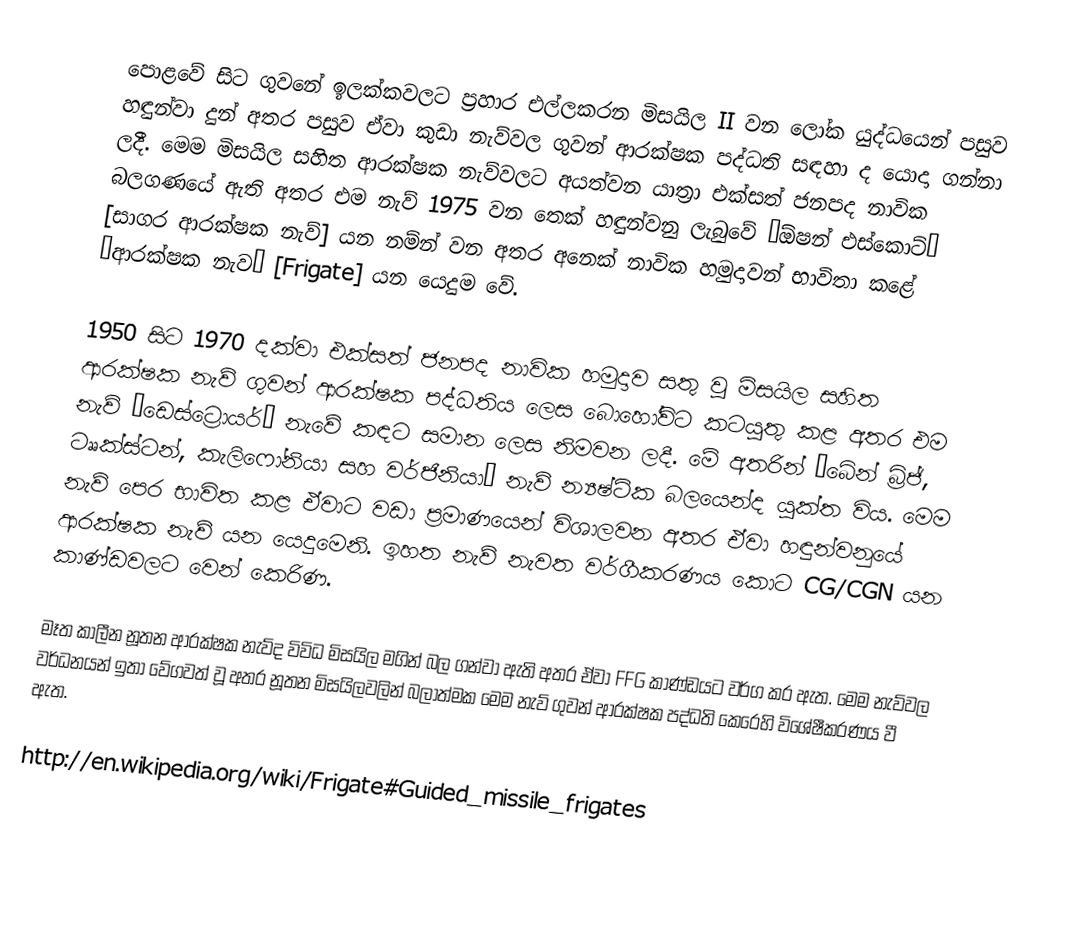
පොළවේ සිට ගුවනේ ඉලක්කවලට ප්‍රහාර එල්ලකරන මිසයිල II වන ලෝක යුද්ධයෙන් පසුව හඳුන්වා දුන් අතර පසුව ඒවා කුඩා නැව්වල ගුවන් ආරක්ෂක පද්ධති සඳහා ද යොදා ගන්නා ලදී. මෙම මිසයිල සහිත ආරක්ෂක නැව්වලට අයත්වන යාත්‍රා එක්සත් ජනපද නාවික බලගණයේ ඇති අතර එම නැව් 1975 වන තෙක් හඳුන්වනු ලැබුවේ “ඕෂන් එස්කොට්” [සාගර ආරක්ෂක නැව්] යන නම්න් වන අතර අනෙක් නාවික හමුදාවන් භාවිතා කළේ “ආරක්ෂක නැව” [Frigate] යන යෙදුම වේ.

1950 සිට 1970 දක්වා එක්සත් ජනපද නාවික හමුදාව සතු වූ මිසයිල සහිත ආරක්ෂක නැව් ගුවන් ආරක්ෂක පද්ධතිය ලෙස බොහෝවිට කටයුතු කළ අතර එම නැව් “ඩෙස්ට්‍රොයර්” නැවේ කඳට සමාන ලෙස නිමවන ලදී. මේ අතරින් “බේන් බ්‍රිජ්, ටෲක්ස්ටන්, කැලිෆෝනියා සහ වර්ජිනියා” නැව් න්‍යෂ්ටික බලයෙන්ද යුක්ත විය. මෙම නැව් පෙර භාවිත කළ ඒවාට වඩා ප්‍රමාණයෙන් විශාලවන අතර ඒවා හඳුන්වනුයේ ආරක්ෂක නැව් යන යෙදුමෙනි. ඉහත නැව් නැවත වර්ගීකරණය කොට CG/CGN යන කාණ්ඩවලට වෙන් කෙරිණ.

මෑත කාලීන නූතන ආරක්ෂක නැව්ද විවිධ මිසයිල මගින් බල ගන්වා ඇති අතර ඒවා FFG කාණ්ඩයට වර්ග කර ඇත. මෙම නැව්වල වර්ධනයන් ඉතා වේගවත් වූ අතර නූතන මිසයිලවලින් බලාත්මක මෙම නැව් ගුවන් ආරක්ෂක පද්ධති කෙරෙහි විශේෂීකරණය වී ඇත.

http://en.wikipedia.org/wiki/Frigate#Guided_missile_frigates